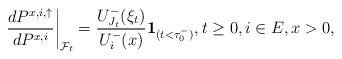
LaTeX: \begin{align*}\left.\frac{d{P}^{x,i,\uparrow}}{d {P}^{x,i}}\right|_{\mathcal{F}_t} =\frac{U^-_{J_t}(\xi_t)}{U^-_i(x)}\mathbf{1}_{(t< {\tau}^-_0)}, t\geq 0, i\in E, x>0,\end{align*}